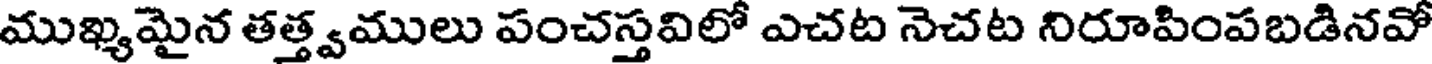
ముఖ్యమైన తత్త్వములు పంచస్తవిలో ఎచట నెచట నిరూపింపబడినవో